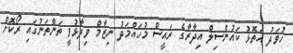
ހުވަދު އަތޮޅު ކައުންސިލް އިދާރާގެ ރައީސް މުހައްމަދު ނިޒާމް ވިދާޅުވީ ތަންތަނުގައި ރޯކޮށް